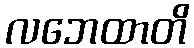
လဘေထာတိ